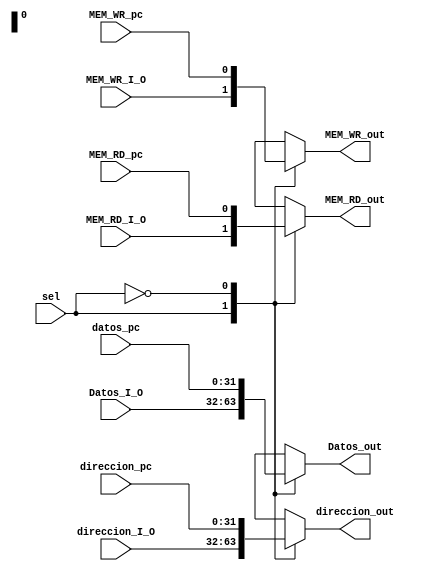
`timescale 1ns / 1ps
//////////////////////////////////////////////////////////////////////////////////
// Company: 
// Engineer: 
// 
// Design Name: 
// Module Name: Mux_D
// Project Name: 
// Target Devices: 
// Tool Versions: 
// Description: 
// 
// Dependencies: 
// 
// Revision:
// Revision 0.01 - File Created
// Additional Comments:
// 
//////////////////////////////////////////////////////////////////////////////////


module Mux_D(
input sel,
input [31:0]Datos_I_O,
input [31:0]datos_pc,
input [31:0]direccion_I_O,
input [31:0]direccion_pc,
input MEM_RD_pc,
input MEM_WR_pc,
input MEM_RD_I_O,
input MEM_WR_I_O,
output reg[31:0]Datos_out,
output reg[31:0]direccion_out,
output reg MEM_RD_out,
output reg MEM_WR_out
);

always@ *
begin
case (sel)
1'b1:begin 
//Agrupados los proveniente del I/O
Datos_out<=Datos_I_O;
direccion_out<=direccion_I_O;
MEM_RD_out<=MEM_RD_I_O;
MEM_WR_out<=MEM_WR_I_O;
end
1'b0:
begin 
//Agrupados los proveniente del pc
Datos_out<=datos_pc;
direccion_out<=direccion_pc;
MEM_RD_out<=MEM_RD_pc;
MEM_WR_out<=MEM_WR_pc;
end
endcase
end
endmodule